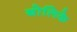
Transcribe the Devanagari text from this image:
बोलिके